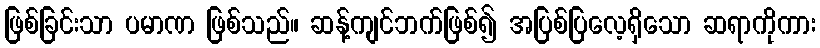
ဖြစ်ခြင်းသာ ပမာဏ ဖြစ်သည်။ ဆန့်ကျင်ဘက်ဖြစ်၍ အပြစ်ပြလေ့ရှိသော ဆရာကိုကား